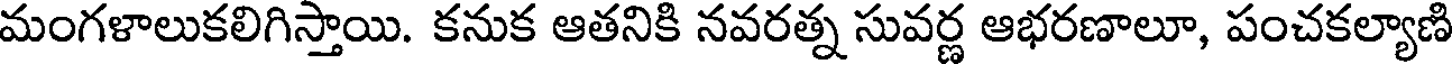
మంగళాలుకలిగిస్తాయి. కనుక ఆతనికి నవరత్న సువర్ణ ఆభరణాలూ, పంచకల్యాణి